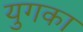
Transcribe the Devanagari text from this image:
युगका